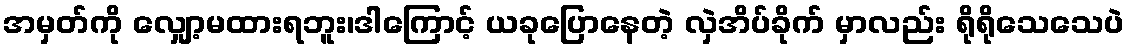
အမှတ်ကို လျှော့မထားရဘူး၊ဒါကြောင့် ယခုပြောနေတဲ့ လှဲအိပ်ခိုက် မှာလည်း ရိုရိုသေသေပဲ